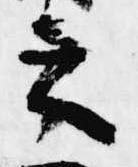
之